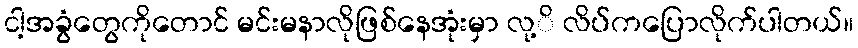
ငါ့အခွံတွေကိုတောင် မင်းမနာလိုဖြစ်နေအုံးမှာ လု့ိ လိပ်ကပြောလိုက်ပါတယ်။